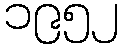
၁၉၅၂